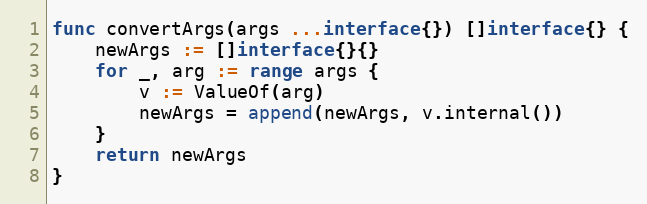
Language: Go
func convertArgs(args ...interface{}) []interface{} {
	newArgs := []interface{}{}
	for _, arg := range args {
		v := ValueOf(arg)
		newArgs = append(newArgs, v.internal())
	}
	return newArgs
}